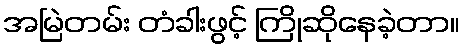
အမြဲတမ်း တံခါးဖွင့် ကြိုဆိုနေခဲ့တာ။